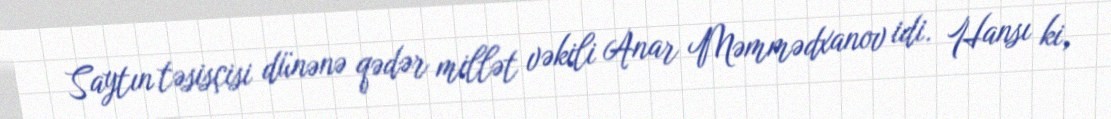
Saytın təsisçisi dünənə qədər millət vəkili Anar Məmmədxanov idi. Hansı ki,